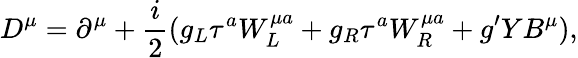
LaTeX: D^{\mu}=\partial^{\mu}+\frac{i}{2}(g_{L}\tau^{a}W_{L}^{\mu a}+g_{R}\tau^{a}W_{R}^{\mu a}+g^{\prime}YB^{\mu}),